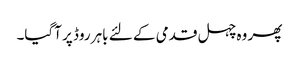
پھر وہ چہل قدمی کے لئے باہر روڈ پر آگیا۔